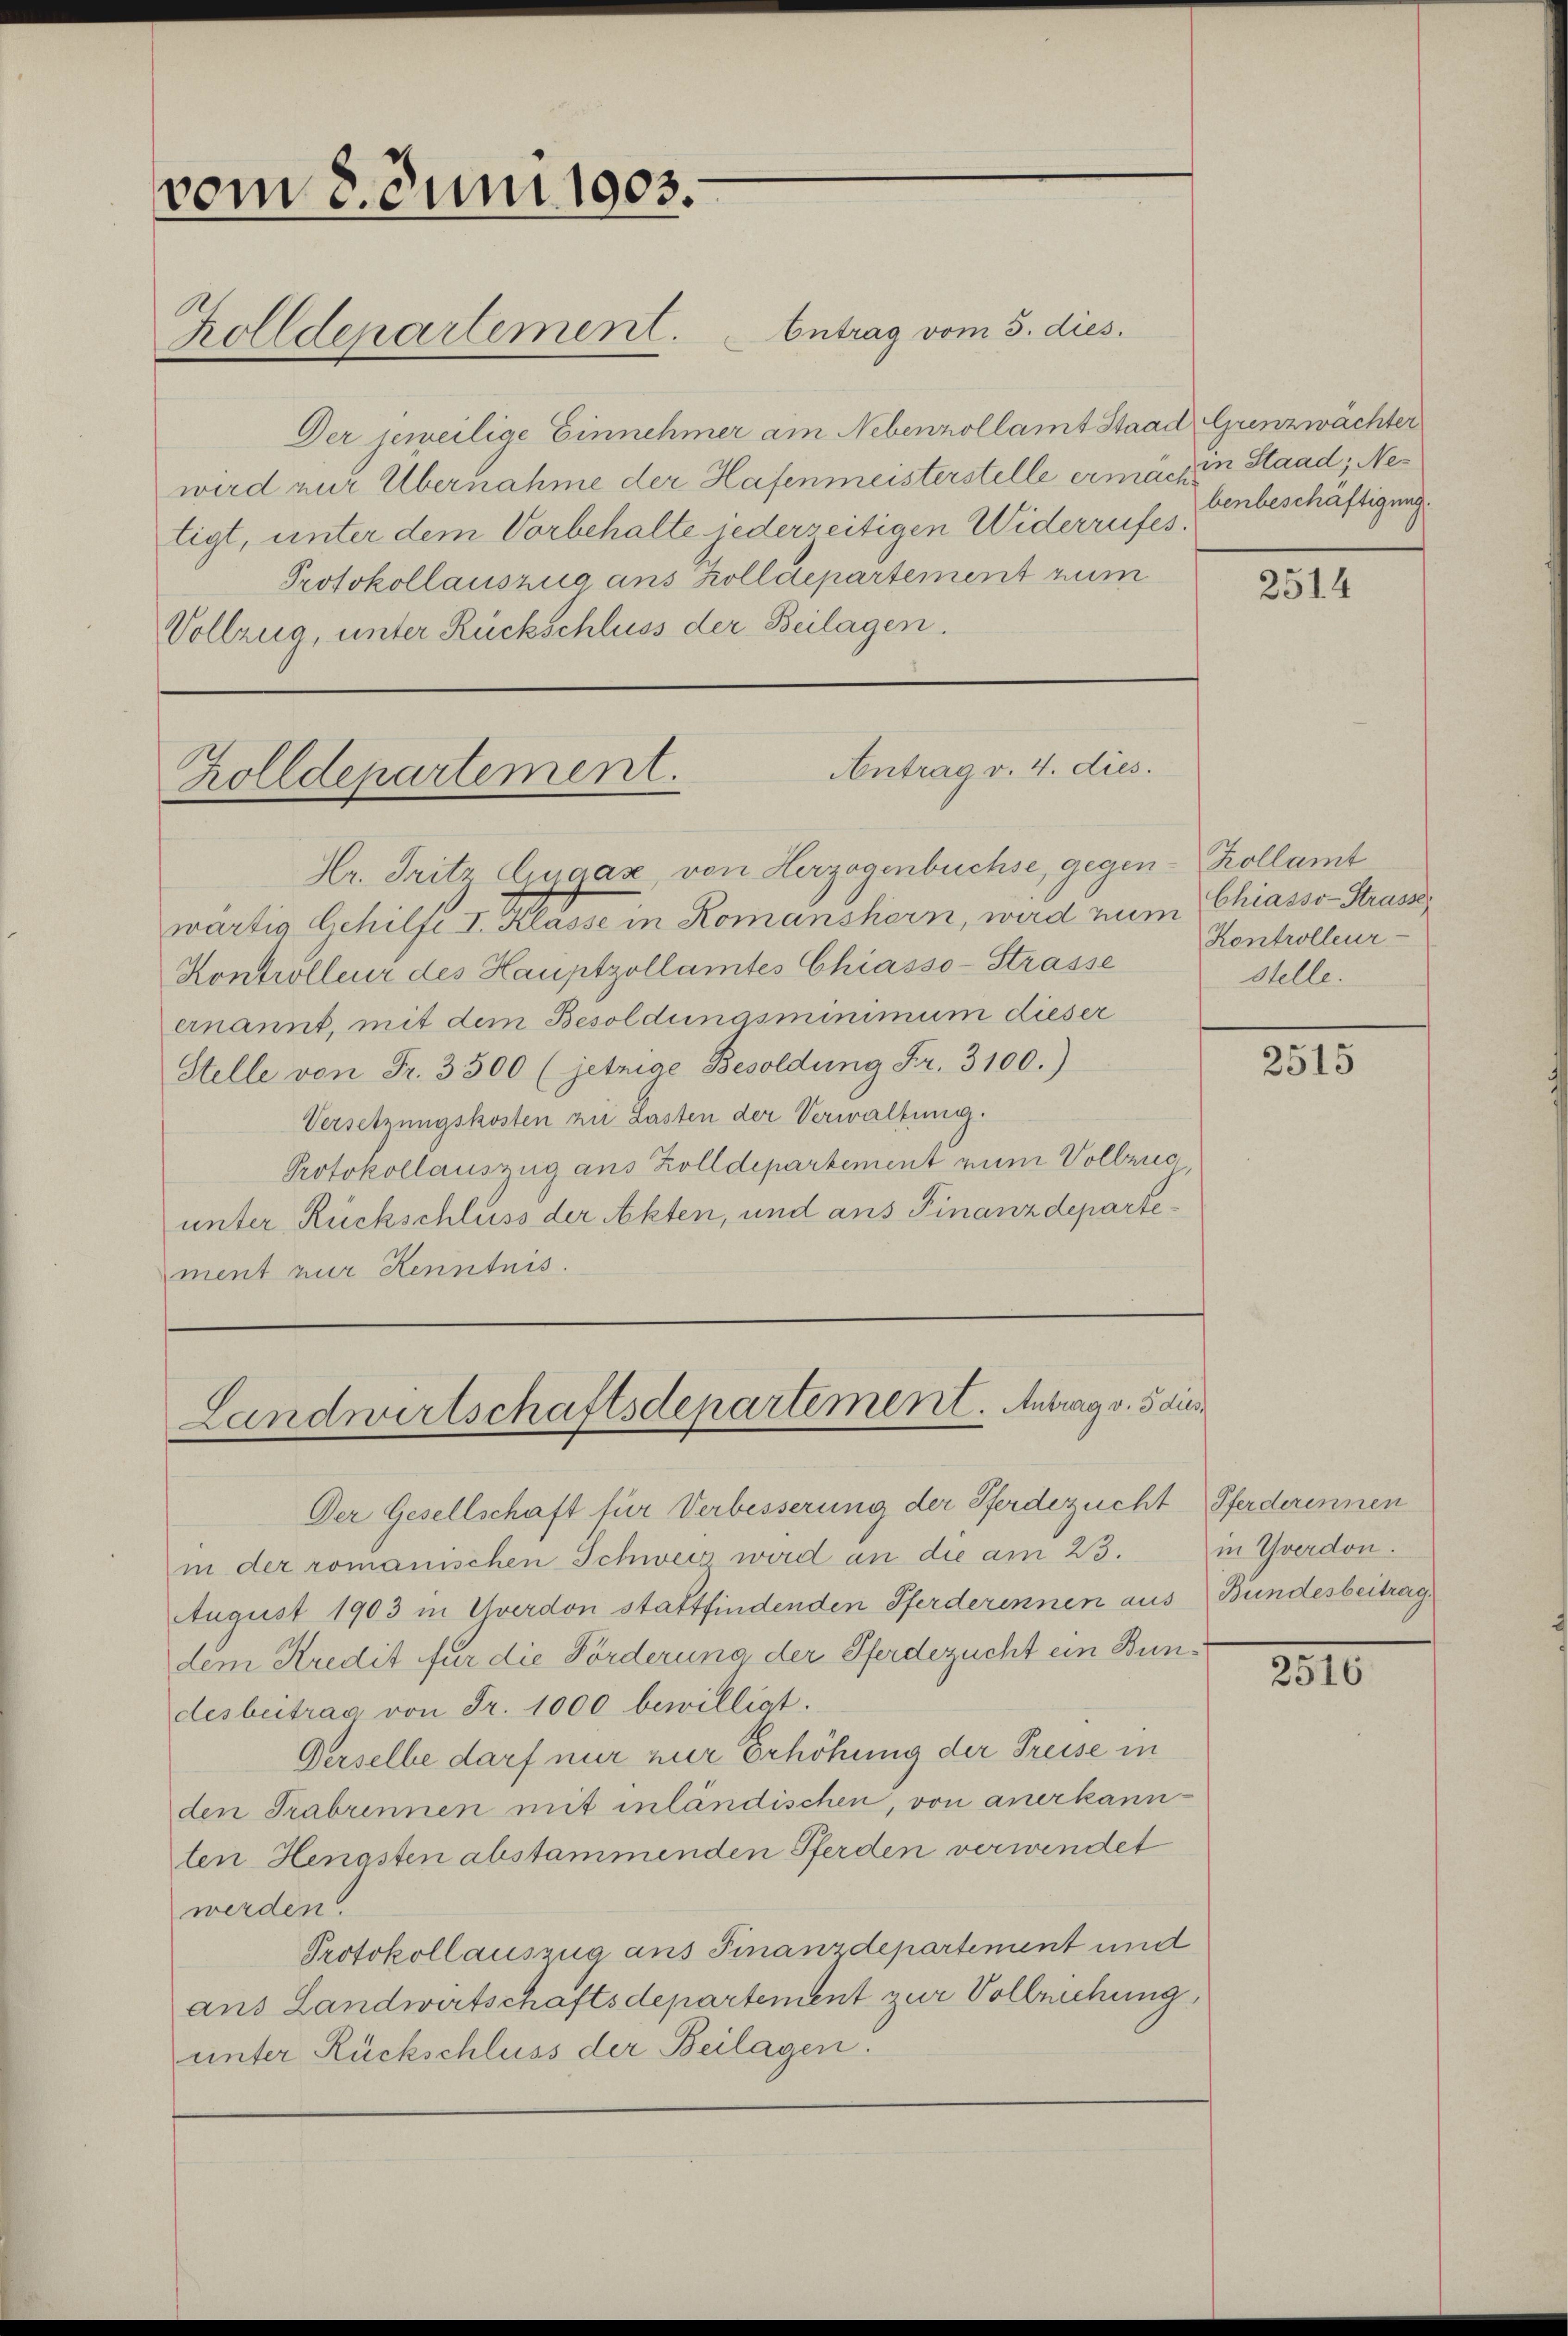
vom 8. Juni 1903.
Rolldepartement. Antrag vom 3. dies.

Der jeweilige Einnehmer am Nebenzollamt Staad, Grenzwächter
wird nur Übernahme der Hafenmeisterstelle ermachen Staad; Netigt, unter dem Vorbehalte jederseitigen Widerrufes.
Protokollauszug aus Zolldepartement zum
Vollzug, unter Rückschluss der Beilagen.

Antrag v. 4. dies.
Zolldepartement.

Hr. Fritz Gygaz, von Herzogenbüchse, gegen Kollamt
wärtig behilfe I. Klasse in Romanshorn, wird zum Chiasso-Strasse
Kontrolleur des Hauptzollamtes Chiasso-Strasse
ernannt, mit dem Besoldungsminimum dieser
Stelle von Fr. 3500 (jetzige Besoldung Fr. 3100.)
Versetzungskosten zu Lasten der Verwaltung.
Protokollauszug aus Zolldepartement zum Vollzie
unter Rückschliess der Akten, und ans Finanzdepartement zur Kenntnis.

Landwirtschaftsdepartement. Antrag v. 5 dur

benbeschäftigung.

Der Gesellschaft für Verbesserung der Pferdezucht Pferderinnen
in der romanischen Schweiz wird an die am 23. in Yverdon.
August 1903 in Yverdon stattfindenden Pferderinnen aus Bundesbeitrag
dem Kredit für die Förderung, der Pferdezucht ein Bundesbeitrag von Fr. 1000 bewilligt.
Derselbe darf nur zur Erhöhung der Preise in
den Trabrennen mit inländischen, von anerkannten Hengsten abstammenden Pferden verwendet
werden.
Protokollauszug ans Finanzdepartement und
ans Landwirtschaftsdepartement zur Volleichung,
unter Rückschluss der Beilagen.

2514

Kontrolleur-
stelle.

2515

2010